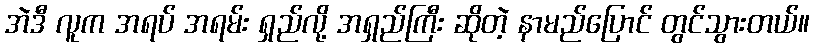
အဲဒီ လူက အရပ် အရမ်း ရှည်လို့ အရှည်ကြီး ဆိုတဲ့ နာမည်ပြောင် တွင်သွားတယ်။